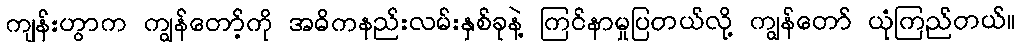
ကျန်းဟွာက ကျွန်တော့်ကို အဓိကနည်းလမ်းနှစ်ခုနဲ့ ကြင်နာမှုပြတယ်လို့ ကျွန်တော် ယုံကြည်တယ်။